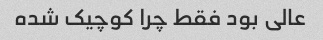
عالی بود فقط چرا کوچیک شده